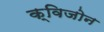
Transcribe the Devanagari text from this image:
क्विजोन